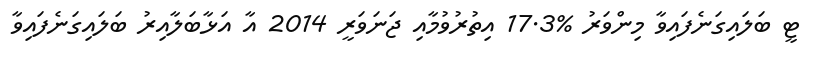
ޓީ ބަލައިގަނެފައިވާ މިންވަރު %17.3 އިތުރުވުމާއި ޖަނަވަރީ 2014 އާ އަޅާބަލާއިރު ބަލައިގަނެފައިވާ